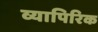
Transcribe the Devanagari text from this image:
व्यापिरिक